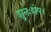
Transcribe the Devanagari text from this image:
शुनःशेप।